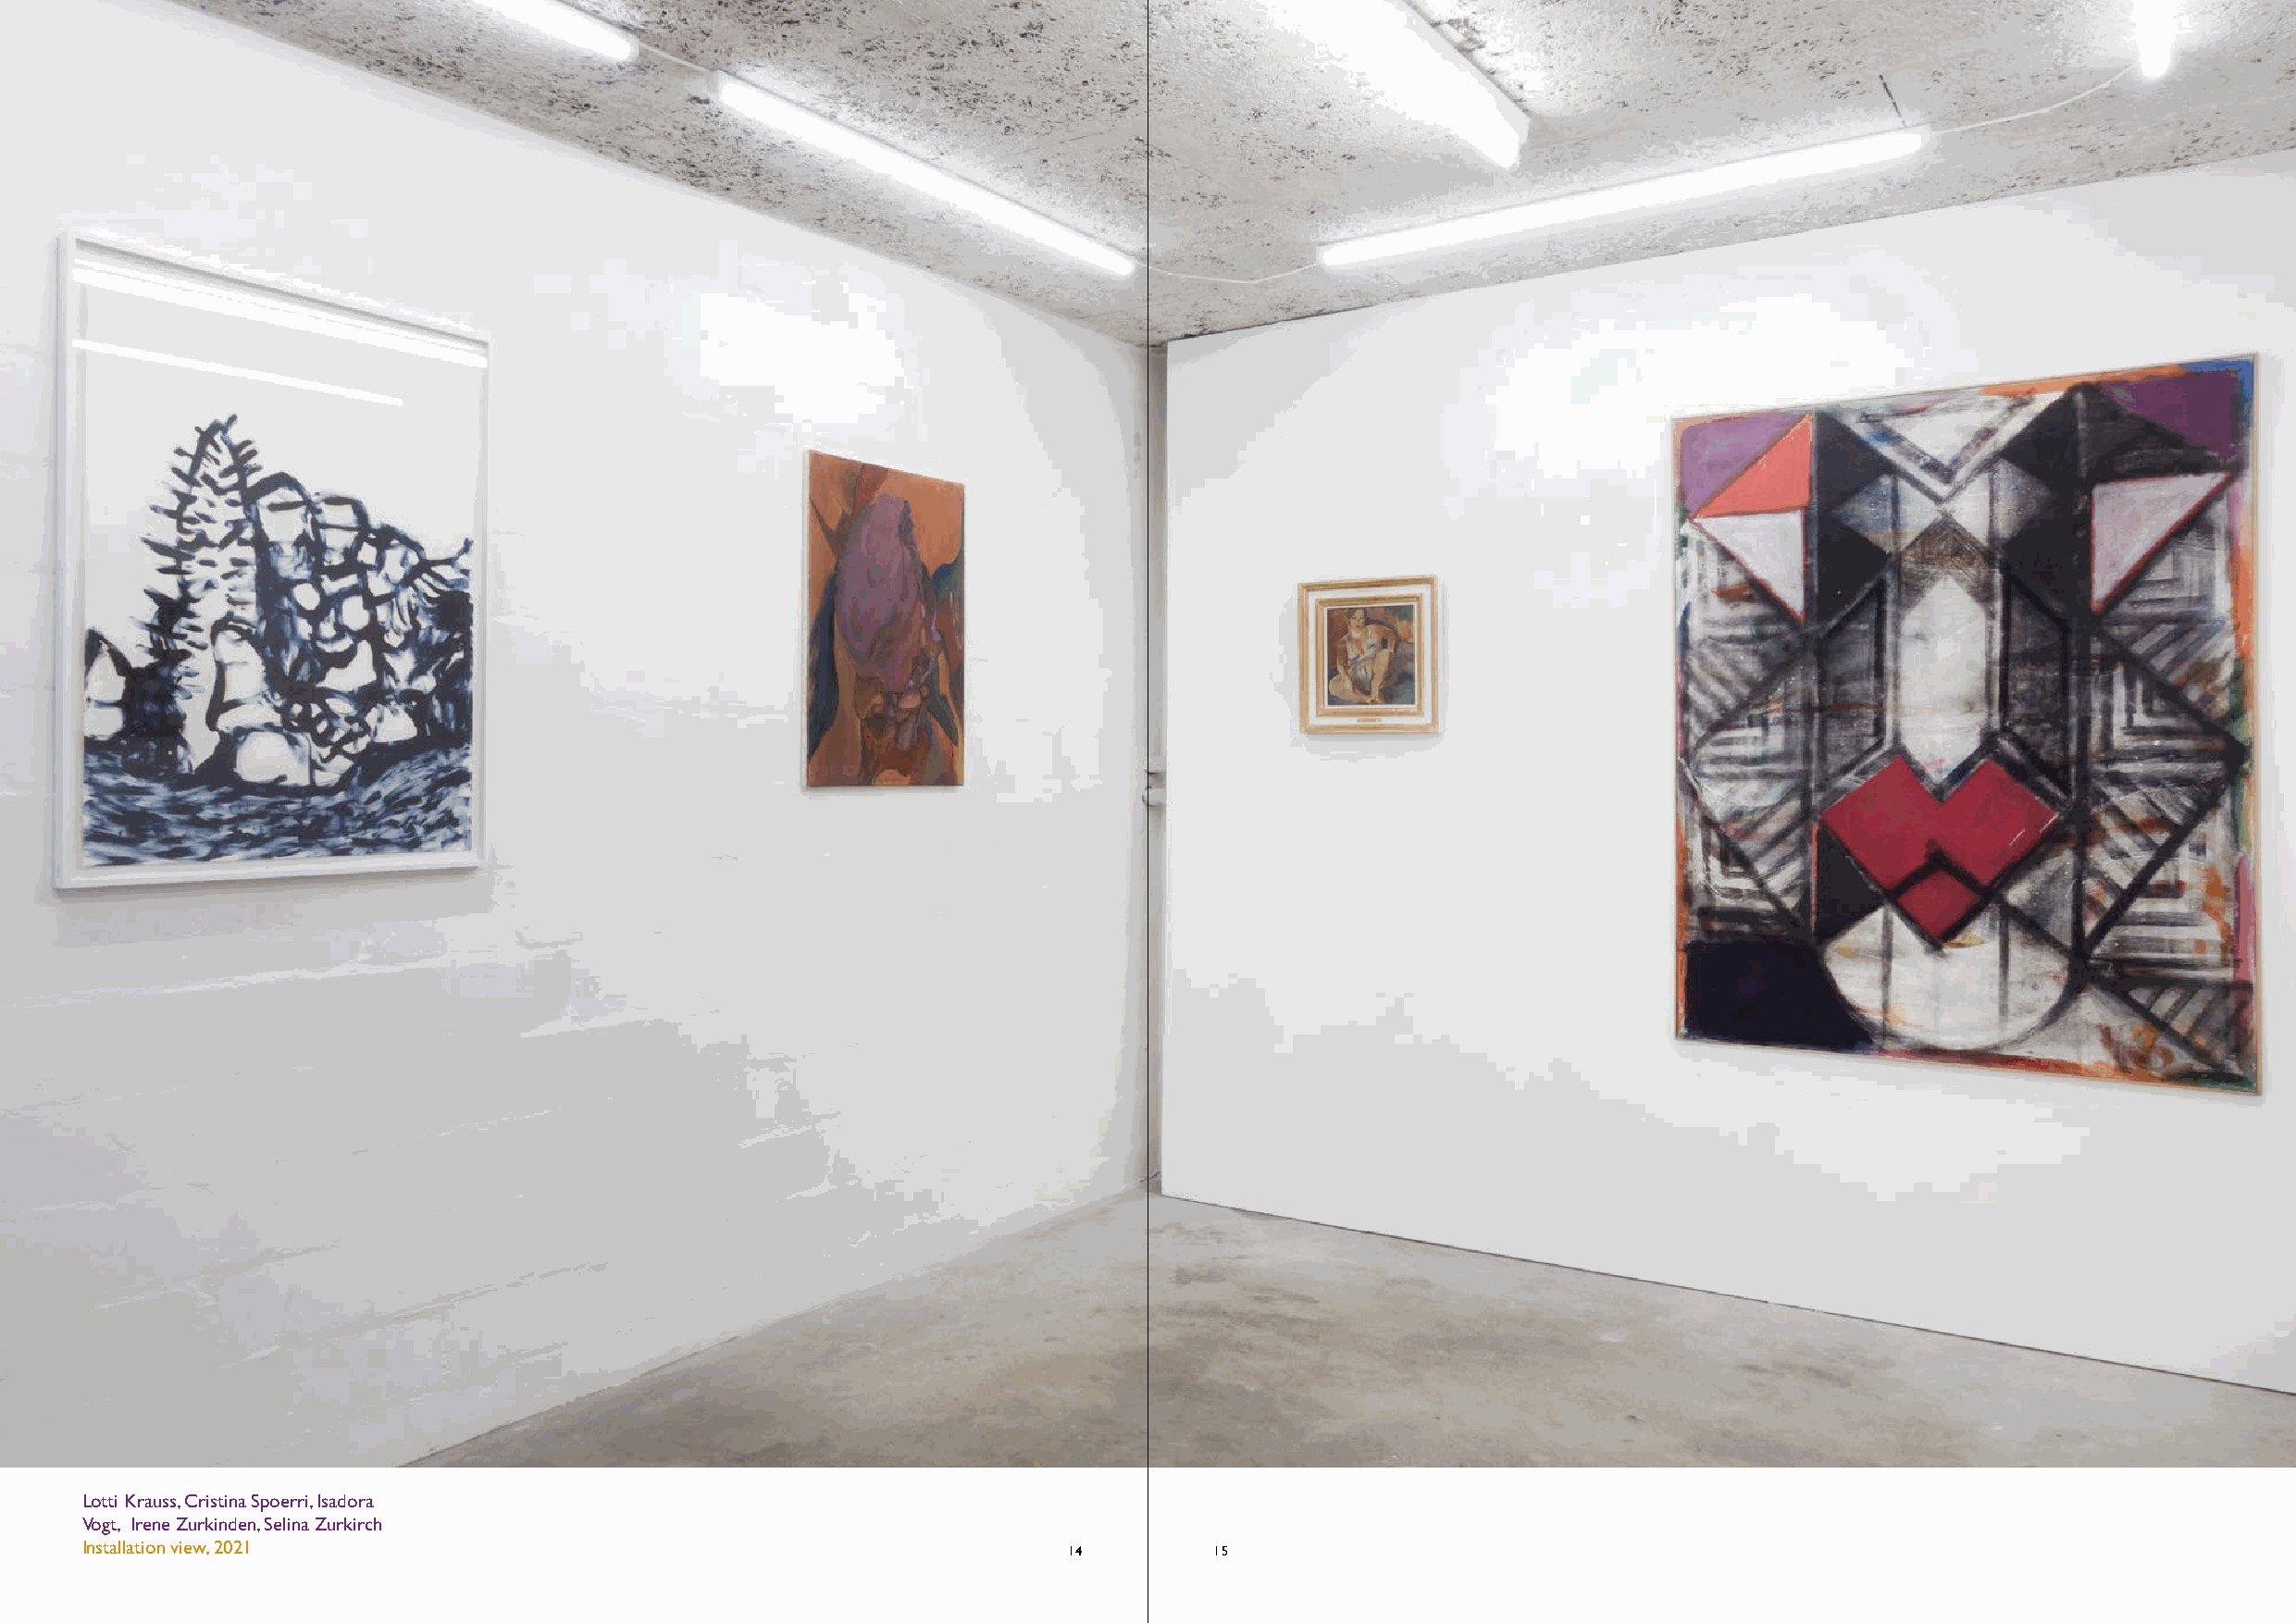
Lotti Krauss, Cristina Spoerri, Isadora
 Vogt, Irene Zurkinden, Selina Zurkirch
 Installation view, 2021                                               14         15